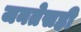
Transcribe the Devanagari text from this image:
जनतेसही